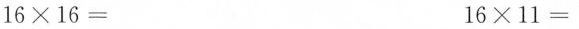
$$1 6 \times 1 6 =$$ $$1 6 \times 1 1 =$$